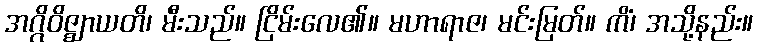
အဂ္ဂိဝိဇ္ဈာယတိ၊ မီးသည်။ ငြိမ်းလေ၏။ မဟာရာဇ၊ မင်းမြတ်။ ကိံ၊ အသို့နည်း။